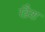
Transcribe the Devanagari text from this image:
खैश